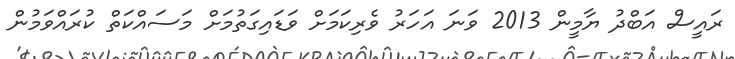
ރައީސް އަބްދު ޔާމީން 2013 ވަނަ އަހަރު ވެރިކަމަށް ވަޑައިގަތުމަށް މަސައްކަތް ކުރައްވަމުން